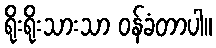
ရိုးရိုးသားသာ ဝန်ခံတာပါ။